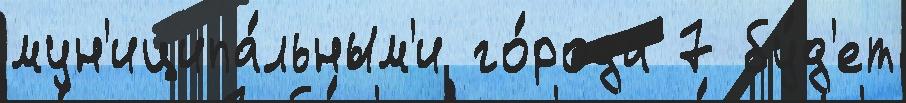
мун'иципа́льным'и го́рода 7 бу́д'ет